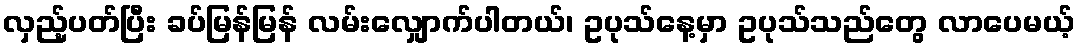
လှည့်ပတ်ပြီး ခပ်မြန်မြန် လမ်းလျှောက်ပါတယ်၊ ဥပုသ်နေ့မှာ ဥပုသ်သည်တွေ လာပေမယ့်